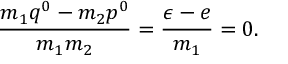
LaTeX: \frac { m _ { 1 } q ^ { 0 } - m _ { 2 } p ^ { 0 } } { m _ { 1 } m _ { 2 } } = \frac { \epsilon - e } { m _ { 1 } } = 0 .